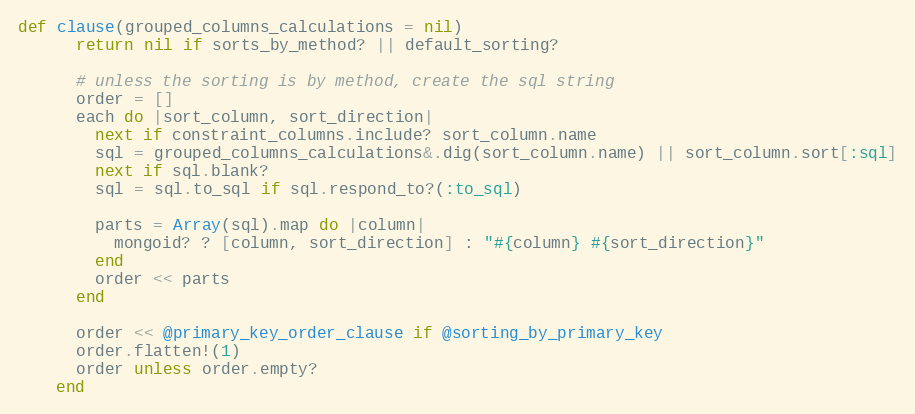
Language: Ruby
def clause(grouped_columns_calculations = nil)
      return nil if sorts_by_method? || default_sorting?

      # unless the sorting is by method, create the sql string
      order = []
      each do |sort_column, sort_direction|
        next if constraint_columns.include? sort_column.name
        sql = grouped_columns_calculations&.dig(sort_column.name) || sort_column.sort[:sql]
        next if sql.blank?
        sql = sql.to_sql if sql.respond_to?(:to_sql)

        parts = Array(sql).map do |column|
          mongoid? ? [column, sort_direction] : "#{column} #{sort_direction}"
        end
        order << parts
      end

      order << @primary_key_order_clause if @sorting_by_primary_key
      order.flatten!(1)
      order unless order.empty?
    end